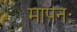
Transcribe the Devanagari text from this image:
मापनः